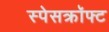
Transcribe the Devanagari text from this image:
स्पेसक्रॉफ्ट